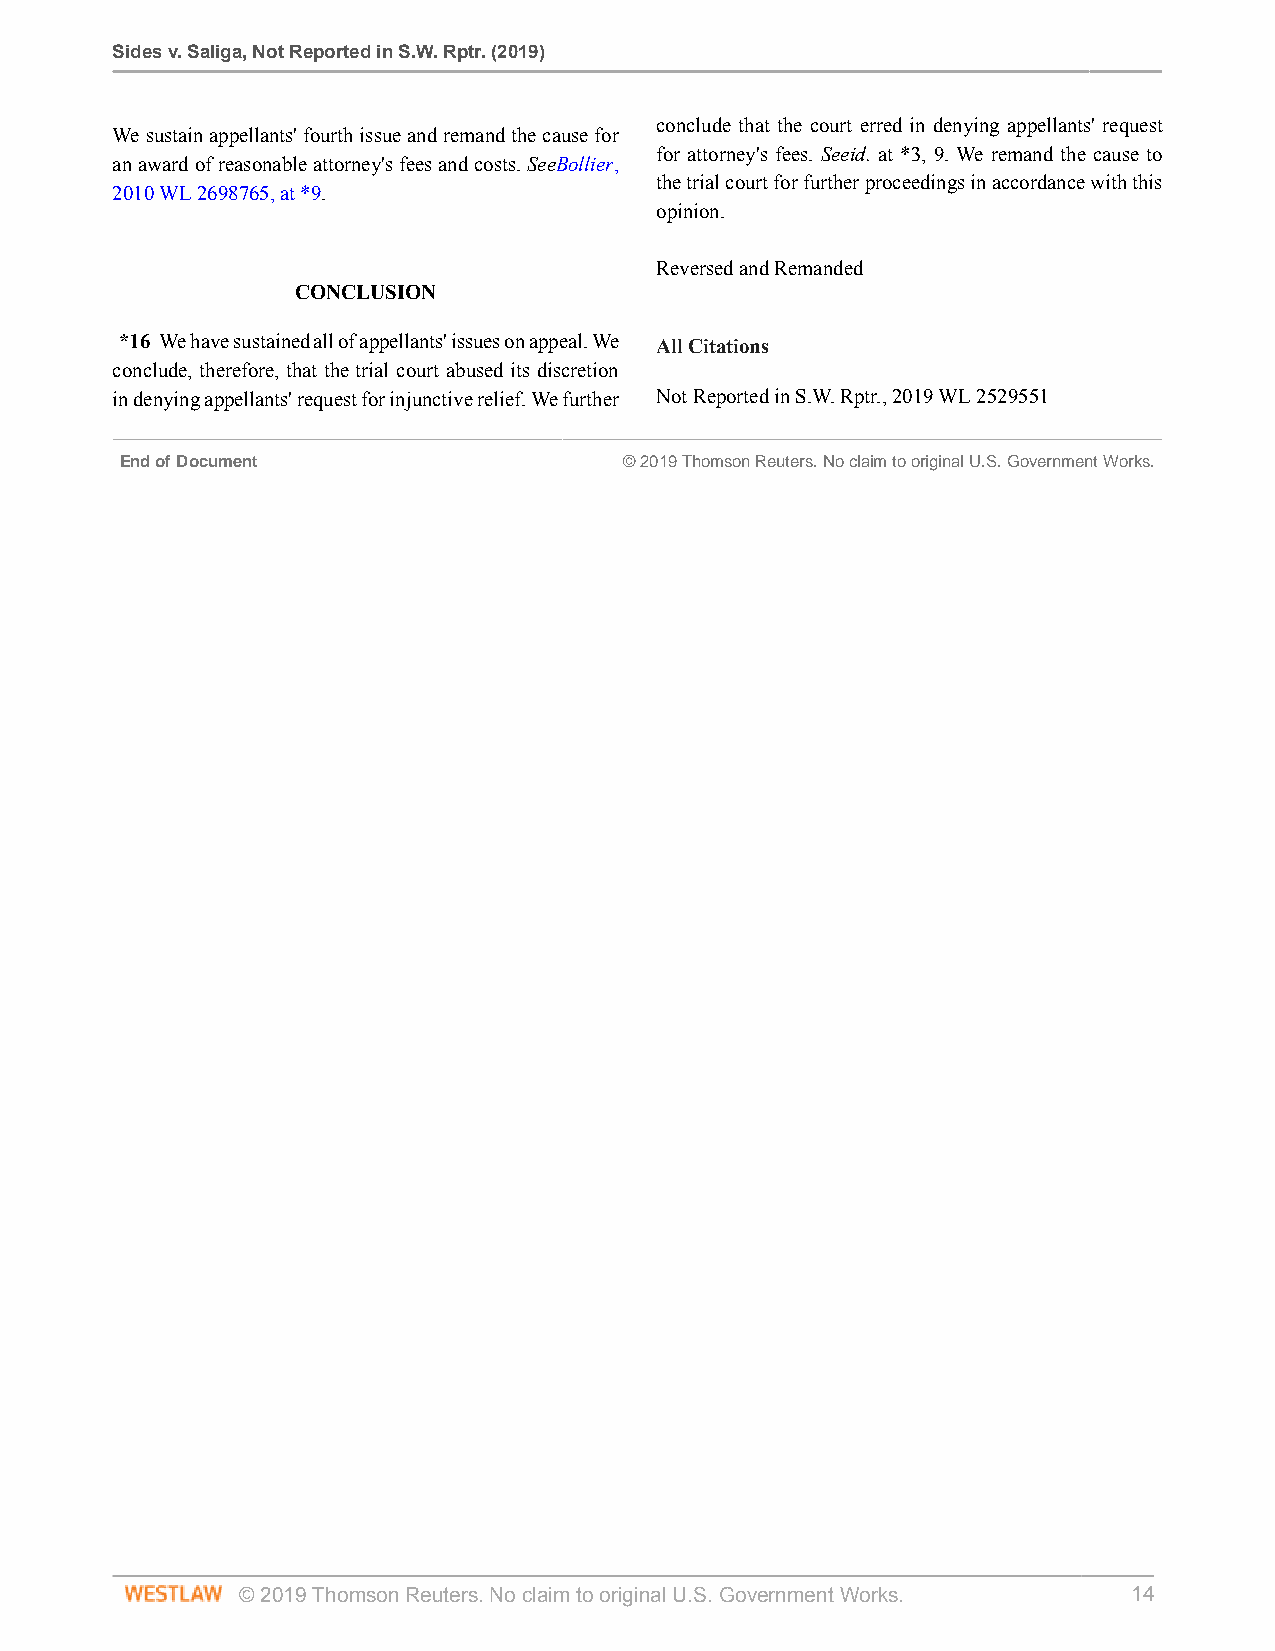
Sides v. Saliga, Not Reported in S.W. Rptr. (2019)
 conclude that the court erred in denying appellants' request
 We sustain appellants' fourth issue and remand the cause for
 for attorney's fees. Seeid. at *3, 9. We remand the cause to
 an award of reasonable attorney's fees and costs. SeeBollier,
 the trial court for further proceedings in accordance with this
 2010 WL 2698765, at *9.
 opinion.
 Reversed and Remanded
 CONCLUSION
 *16 We have sustained all of appellants' issues on appeal. We All Citations
 conclude, therefore, that the trial court abused its discretion
 in denying appellants' request for injunctive relief. We further Not Reported in S.W. Rptr., 2019 WL 2529551
 End of Document                  © 2019 Thomson Reuters. No claim to original U.S. Government Works.
 © 2019 Thomson Reuters. No claim to original U.S. Government Works. 14